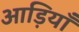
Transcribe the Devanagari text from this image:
आड़ियाँ